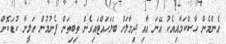
އެންމެން ހާސްކަމާއިއެކު އޭނަ އާއި ދިމާލަށް ބަލަހައްޓައިގެން ތިބިތަން ފެނުމުން އަލީނާ ކުޑަކޮށް